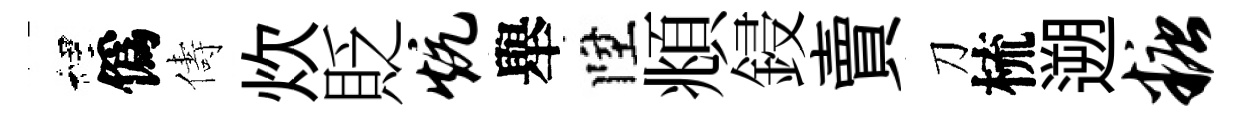
裡僞儔炊貶炕舉陞頫鋟賣刀梳遡糖